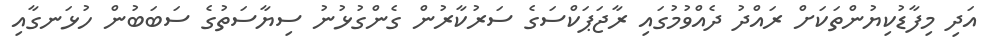
އަދި މިފާޑުކިޔުންތަކަށް ރައްދު ދެއްވުމުގައި ރާޖަޕަކްސަގެ ސަރުކާރުން ގެންގުޅުނު ސިޔާސަތުގެ ސަބަބުން ހުޅަނގާއި